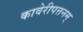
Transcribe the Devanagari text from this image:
कावेरीपत्तनम्